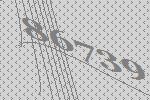
86739